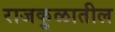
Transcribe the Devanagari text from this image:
राजकुळातील